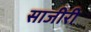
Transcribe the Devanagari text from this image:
साजीरी